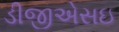
ડીજીએસઇ